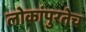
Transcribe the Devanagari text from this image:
लोकांपुरतेच